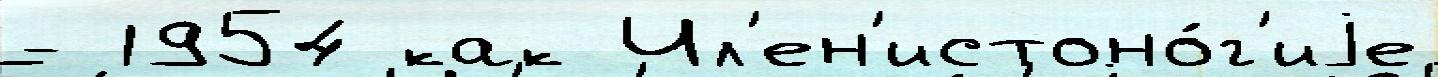
- 1954 как Чл'ен'истоно́г'иjе